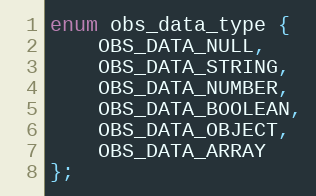
Language: C
enum obs_data_type {
	OBS_DATA_NULL,
	OBS_DATA_STRING,
	OBS_DATA_NUMBER,
	OBS_DATA_BOOLEAN,
	OBS_DATA_OBJECT,
	OBS_DATA_ARRAY
};